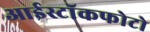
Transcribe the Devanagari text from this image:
आईस्टॉकफोटो